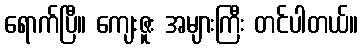
ရောက်ပြီ။ ကျေးဇူး အများကြီး တင်ပါတယ်။